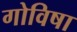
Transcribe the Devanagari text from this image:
गोविषा